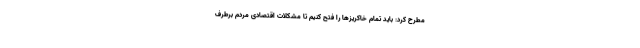
مطرح کرد: باید تمام خاکریزها را فتح کنیم تا مشکلات اقتصادی مردم برطرف